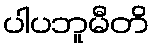
ပါပဘူမီတိ